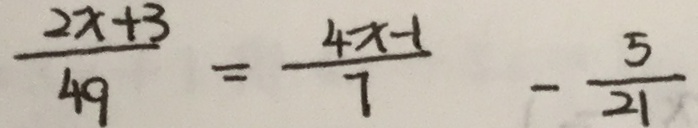
\frac { 2 x + 3 } { 4 9 } = \frac { 4 x - 1 } { 7 } - \frac { 5 } { 2 1 }